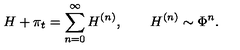
H + \pi _ { t } = \sum _ { n = 0 } ^ { \infty } H ^ { ( n ) } , \qquad H ^ { ( n ) } \sim \Phi ^ { n } .